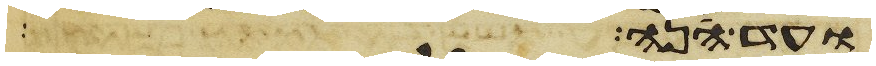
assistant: ועד הנה